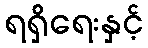
ရရှိရေးနှင့်